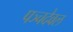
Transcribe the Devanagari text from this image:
पञ्चदेवल